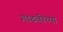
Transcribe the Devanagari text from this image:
गाढवीच्या